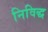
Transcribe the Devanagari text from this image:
निविद्ध